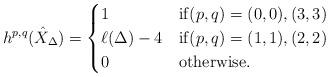
LaTeX: \begin{align*}h^{p,q}(\hat{X}_\Delta) = \begin{cases}1 & \mathrm{if } (p,q) = (0,0), (3,3) \\\ell(\Delta) - 4 & \mathrm{if }(p,q) = (1,1), (2,2) \\0 & \mathrm{otherwise.}\end{cases}\end{align*}